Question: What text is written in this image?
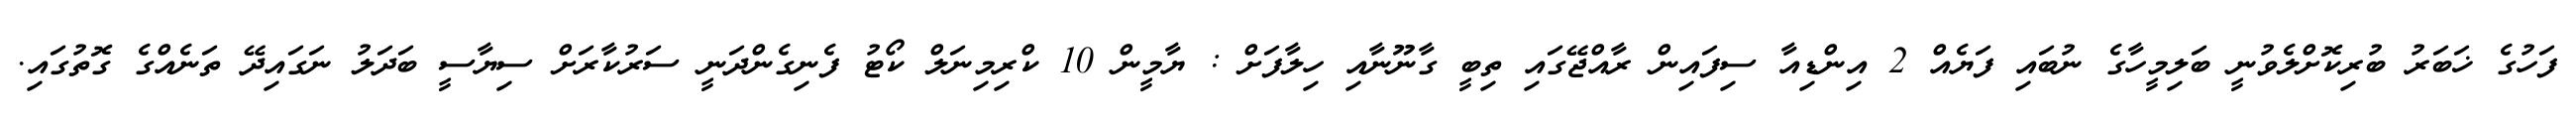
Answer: ފަހުގެ ޚަބަރު ބުރިކޮށްލެވުނީ ބަލިމީހާގެ ނުބައި ފަޔެއް 2 އިންޑިއާ ސިފައިން ރާއްޖޭގައި ތިބީ ގާނޫނާއި ހިލާފަށް : ޔާމީން 10 ކްރިމިނަލް ކޯޓު ފެނިގެންދަނީ ސަރުކާރަށް ސިޔާސީ ބަދަލު ނަގައިދޭ ތަނެއްގެ ގޮތުގައި.